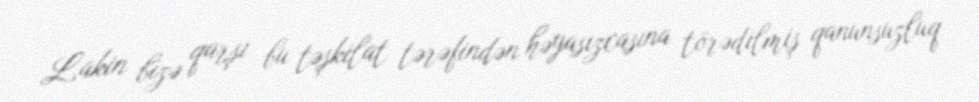
Lakin bizə qarşı bu təşkilat tərəfindən həyasızcasına törədilmiş qanunsuzluq